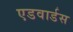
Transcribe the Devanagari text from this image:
एडवार्डस